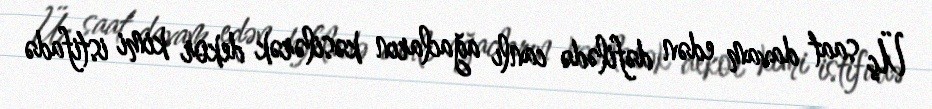
Üç saat davam edən dəfilədə canlı ağacların kəsilərək dekor kimi istifadə